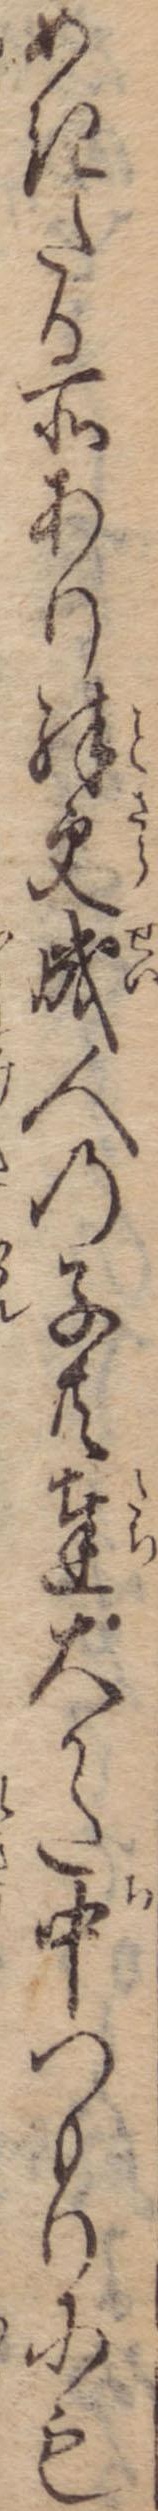
めきたる所あり殊更成人の子共達大かた中つもりにも